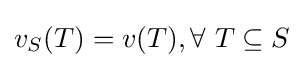
v_{S}(T)=v(T),\forall ~T\subseteq S